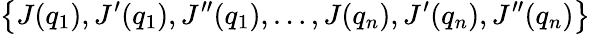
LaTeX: \left\{ J(q_{1}),J^{\prime}(q_{1}),J^{\prime\prime}(q_{1}),\ldots,J(q_{n}),J^{\prime}(q_{n}),J^{\prime\prime}(q_{n})\right\}